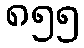
၈၅၅